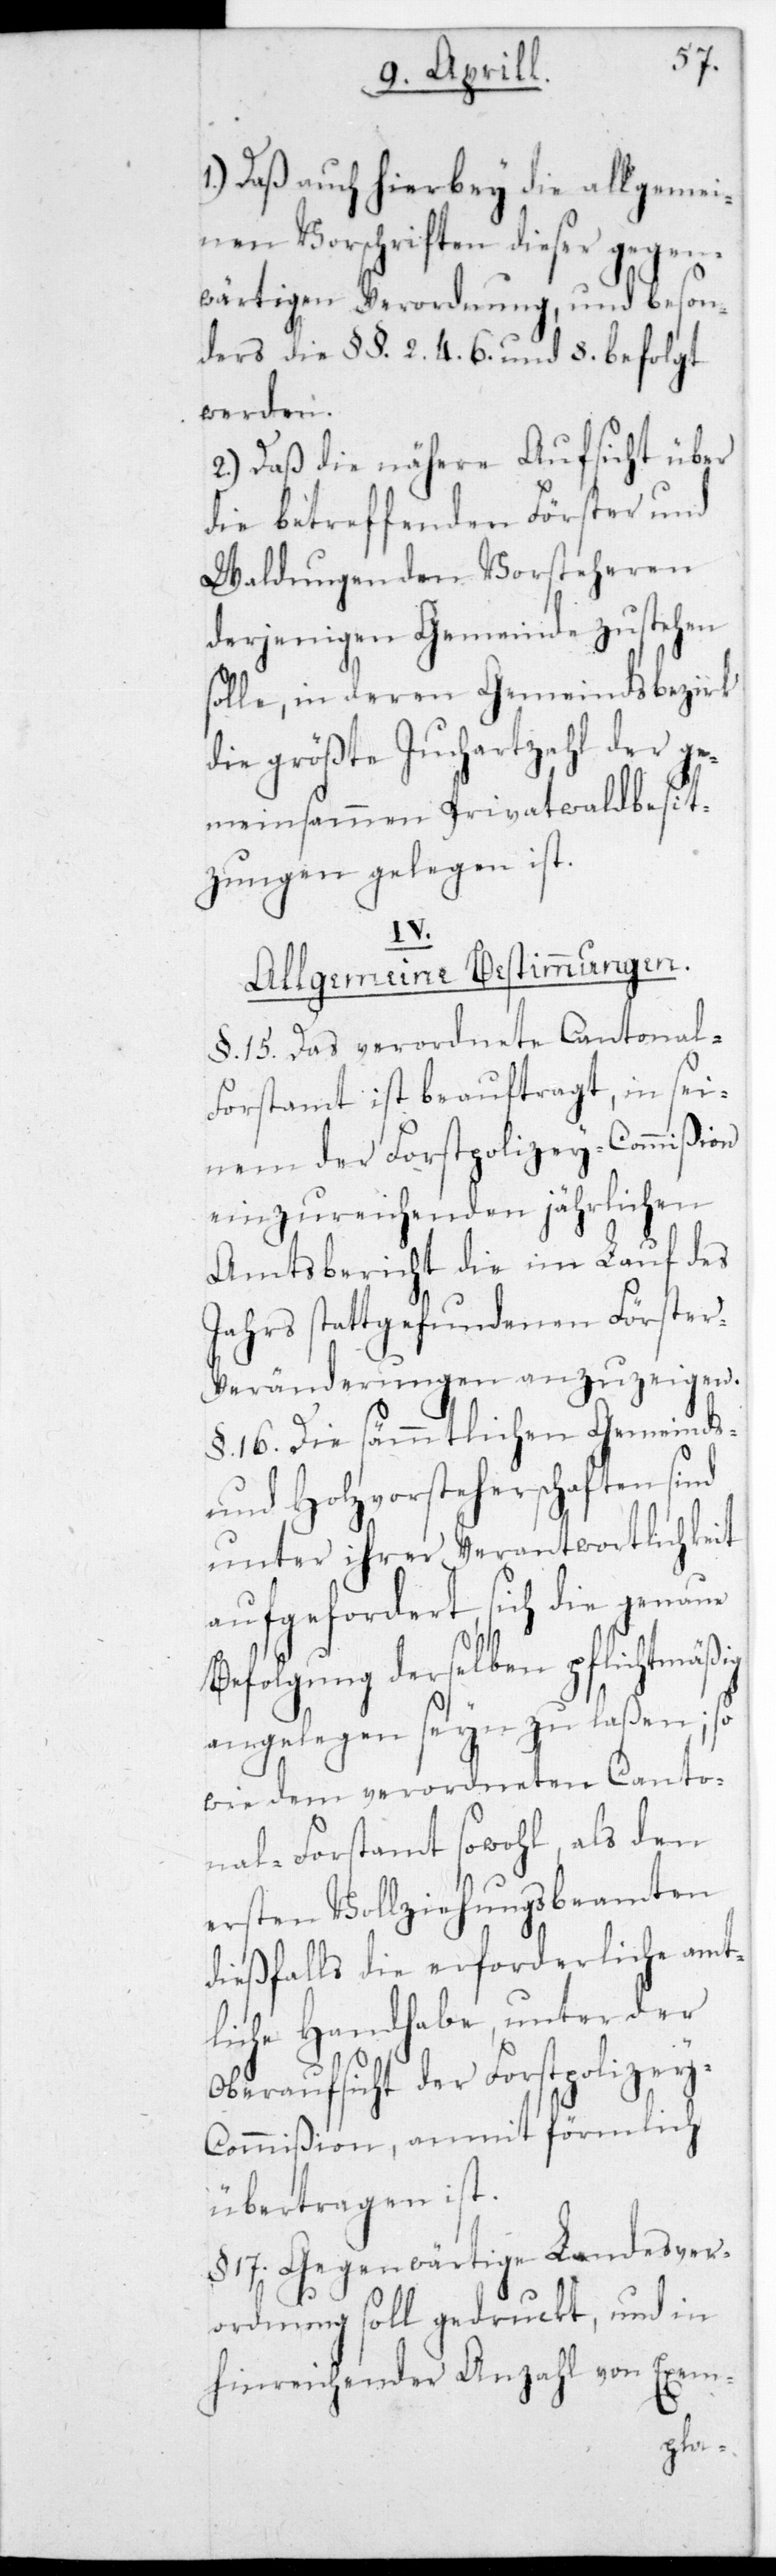
1.) Daß auch hierbey die allgemei¬
nen Vorschriften dießer gegen¬
wärtigen Verordnung, und beson¬
ders die §§. 2. 4. 6. und 8 befolgt
werden.
2.) Daß die nähere Aufsicht über
die betreffenden Förster und
Waldungen den Vorsteheren
derjenigen Gemeinde zustehen
solle, in deren Gemeindsbezirk
die größte Juchartzahl der ge¬
meinsamen Privatwaldbesit¬
zer gelegen ist.
IV.
Allgemeine Bestimmungen.
§. 15. Das verordnete Cantonal-F¬
orstamt ist beauftragt, in sei¬
nem der Forstpolizey-Commißion
einzureichenden jährlichen
Amtsbericht die im Lauf des
Jahrs stattgefundenen Förster-V¬
eränderungen anzuzeigen.
§. 16. Die sämmtlichen Gemeinds-
und Holzvorsteherschaften sind
unter ihrer Verantwortlichkeit
aufgefordert, sich die genaue
Befolgung derselben pflichtmäßig
angelegen sein zu laßen; so¬
wie dem verordneten Canto¬
nal-Forstamt sowohl, als den
ersten Vollziehungsbeamten
dießfalls die erforderliche amt¬
liche Handhabe, unter der
Oberaufsicht der Forstpolizey-K¬
omißion, anmit förmlich
übertragen ist.
§. 17. Gegenwärtige Landesver¬
ordnung soll gedruckt und in
hinreichender Anzahl von Exem-